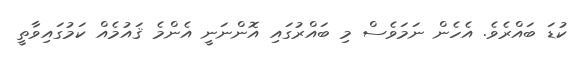
ކުޑަ ބައްރެވެ. އެހެން ނަމަވެސް މި ބައްރުގައިި އޮންނަނީ އެންމެ ޤައުމެއް ކަމުގައިވާތީ